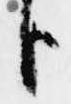
臣